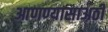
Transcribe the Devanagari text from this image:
आणण्यासाअठी